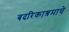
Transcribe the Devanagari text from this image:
बदरिकाश्रमाचे